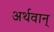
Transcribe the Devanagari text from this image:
अर्थवान्‌